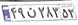
۴۹ن۲۸۳۵۳